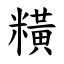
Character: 䊣